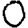
Digit: 0